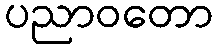
ပညာဝတော